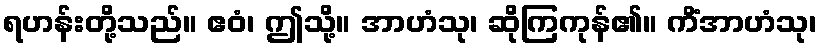
ရဟန်းတို့သည်။ ဧဝံ၊ ဤသို့။ အာဟံသု၊ ဆိုကြကုန်၏။ ကိံအာဟံသု၊